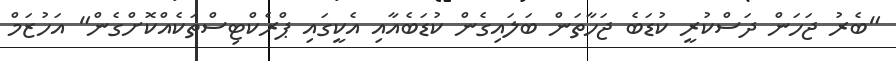
"ބެރު ޖަހަން ދަސްކުރީ ކުޑަބެ ޖަހާތަން ބަލައިގެން ކުޑަބެއާއި އެކީގައި ޕްރެކްޓިސްތަކެއްކޮށްގެން" އަހުޒަމް